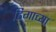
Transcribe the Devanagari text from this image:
ढिगाच्या